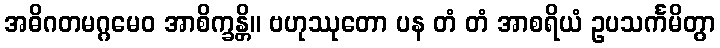
အဓိဂတမဂ္ဂမေဝ အာစိက္ခန္တိ။ ဗဟုဿုတော ပန တံ တံ အာစရိယံ ဥပသင်္ကမိတွာ